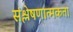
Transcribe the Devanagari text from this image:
संश्लेषणात्मकता